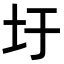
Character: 圩